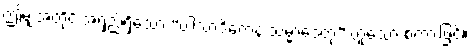
ဤမျှအတိုင်းအရှည်ရှိသော “ပါသာဒိကေန သမ္မာဒေတု” ဟူသော စကားဖြင့်။